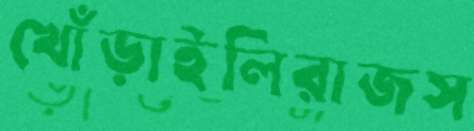
খোঁড়াইলিরাজস